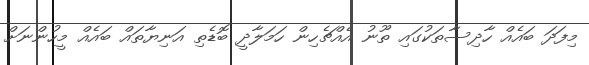
މިފަދަ ބައެއް ހާދިސާތަކުގައި ތޫނު އެއްޗެހިން ހަމަލާދީ ބޮޑެތި އަނިޔާތައް ބައެއް މީހުންނަށް